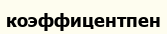
коэффицентпен